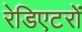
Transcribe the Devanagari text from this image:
रेडिएटरों